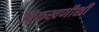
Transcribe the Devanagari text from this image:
ओळखणीशी